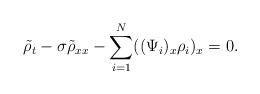
LaTeX: \begin{align*} \tilde\rho_t - \sigma\tilde\rho_{xx} - \sum\limits_{i=1}^N((\Psi_i)_x \rho_i)_x =0.\end{align*}